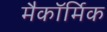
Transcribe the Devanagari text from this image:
मैकॉर्मिक